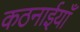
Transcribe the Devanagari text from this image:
कठनाईयाँ